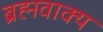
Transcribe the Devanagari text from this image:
ब्रह्मवाक्‍य